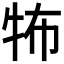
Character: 𤙅